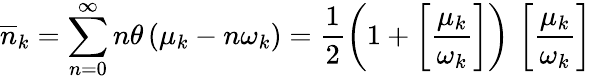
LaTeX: \overline{{{n}}}_{k}=\sum_{n=0}^{\infty}n\theta\left(\mu_{k}-n\omega_{k}\right)=\frac{1}{2}\left(1+\left[\frac{\mu_{k}}{\omega_{k}}\right]\right)\, \left[\frac{\mu_{k}}{\omega_{k}}\right]\,